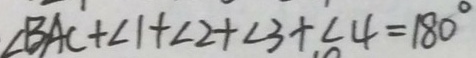
\angle B A C + \angle 1 + \angle 2 + \angle 3 + \angle 4 = 1 8 0 ^ { \circ }